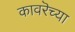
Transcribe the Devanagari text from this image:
कावरॆच्या